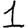
Digit: 1